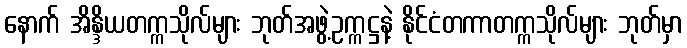
နောက် အိန္ဒိယတက္ကသိုလ်များ ဘုတ်အဖွဲ့ဥက္ကဋ္ဌနဲ့ နိုင်ငံတကာတက္ကသိုလ်များ ဘုတ်မှာ